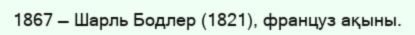
1867 — Шарль Бодлер (1821), француз ақыны.